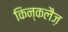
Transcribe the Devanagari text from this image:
किन्कलैज़